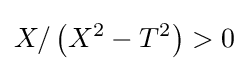
X/\left(X^{2}-T^{2}\right)>0